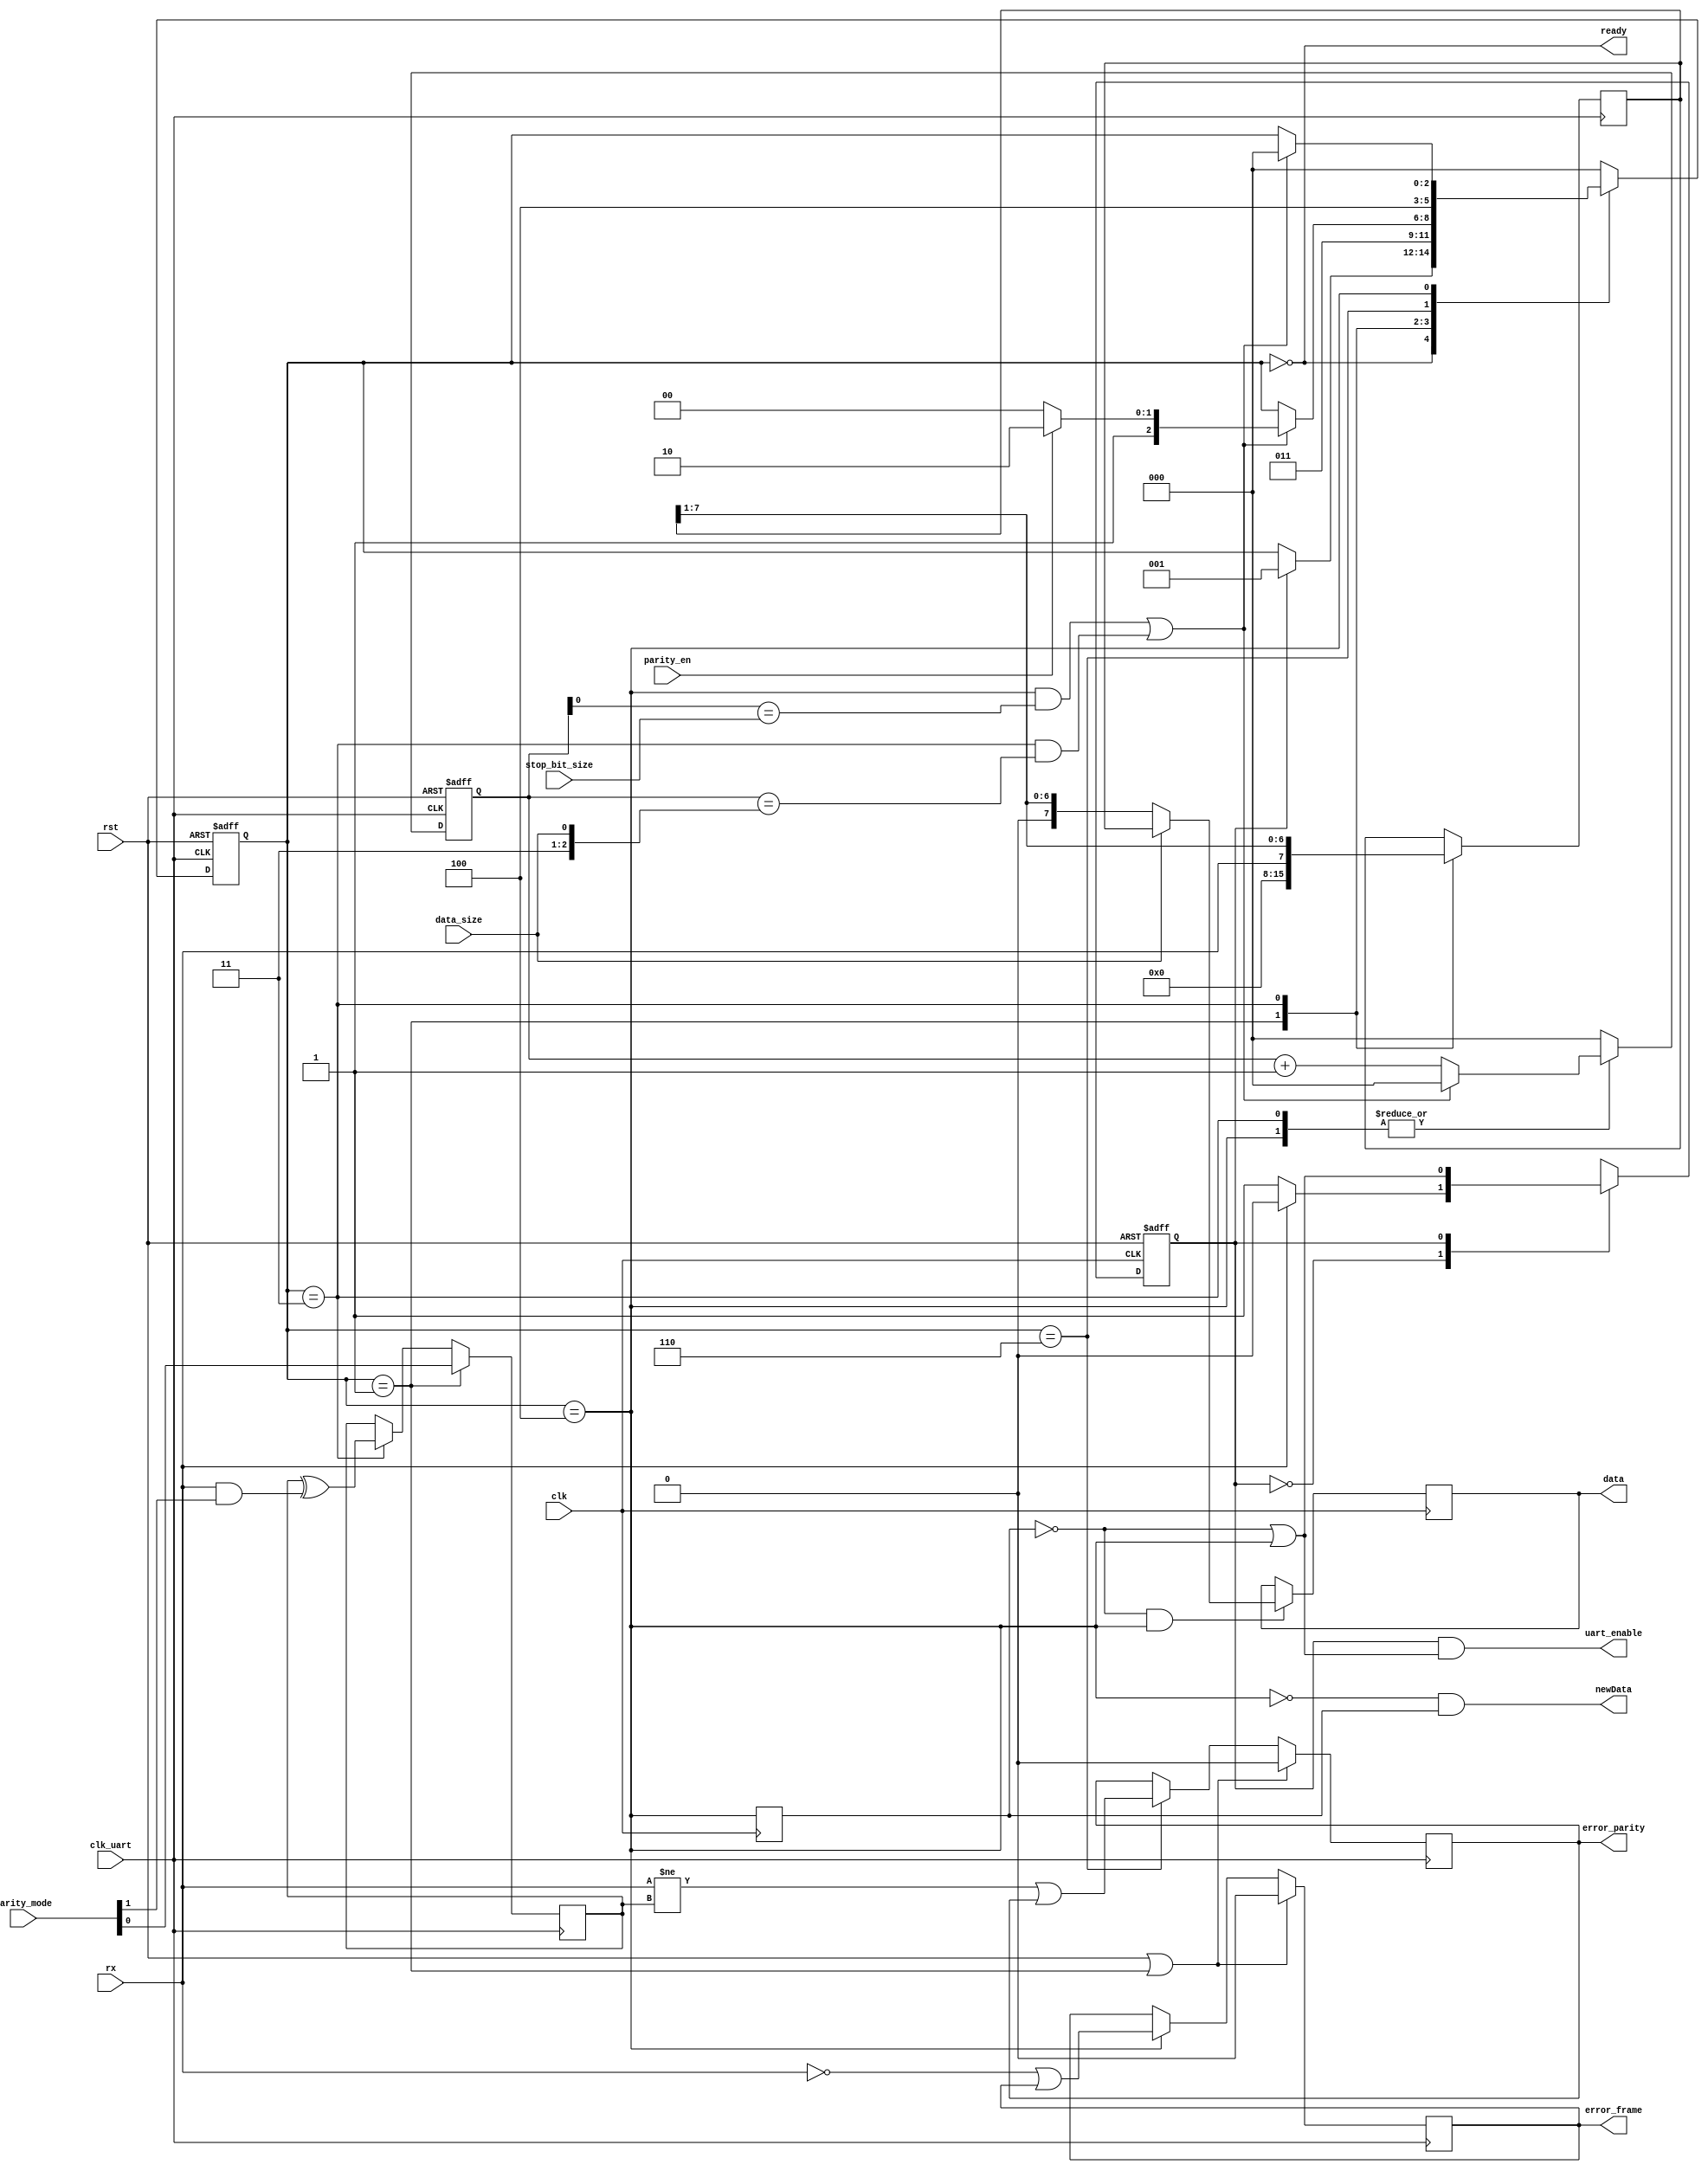
`timescale 1ns / 1ps
/* ------------------------------------------------ *
 * Title       : UART interface  v1.4               *
 * Project     : Simple UART                        *
 * ------------------------------------------------ *
 * Last Edit   : 17/10/2021                         *
 * ------------------------------------------------ *
 * Description : UART communication modules         *
 * ------------------------------------------------ *
 * Revisions                                        *
 *     v1      : Inital version                     *
 *     v1.1    : Redeclerations of clk_uart in      *
 *               Tx and Rx modules removed          *
 *     v1.2    : Move UART generation into outside  *
 *               of UART modules                    *
 *     v1.3    : More compact coding style          *
 *     v1.4    : Detect Frame error                 *
 *     v1.4.1  : Bugfix: Fixed data out for 7 bit   *
 * ------------------------------------------------ */

module uart_rx(
  input clk,
  input rst,
  //UART receive
  input rx,
  //Uart clock connection
  input clk_uart,
  output uart_enable,
  //Config signals
  input data_size, //0: 7bit; 1: 8bit
  input parity_en,
  input [1:0] parity_mode, //11: odd; 10: even, 01: mark(1), 00: space(0)
  input stop_bit_size, //0: 1bit; 1: 2bit
  //Data interface
  output reg [7:0] data,
  output reg error_parity,
  output reg error_frame,
  output ready,
  output newData);
  localparam READY = 3'b000,
             START = 3'b001,
              DATA = 3'b011,
            PARITY = 3'b110,
               END = 3'b100;
  reg [2:0] counter; 
  reg [2:0] state;
  reg [7:0] data_buff;
  reg parity_calc, in_End_d, en;

  //Decode states
  wire in_Ready = (state == READY);
  wire in_Start = (state == START);
  wire in_Data = (state == DATA);
  wire in_Parity = (state == PARITY);
  wire in_End = (state == END);
  assign ready = in_Ready;

  assign newData = ~in_End & in_End_d; //New data add negedge of in_End
  wire countDONE = (in_End & (counter[0] == stop_bit_size)) | (in_Data & (counter == {2'b11, data_size}));
  assign uart_enable = en & (~in_End_d | in_End);

  //internal enable
  always@(posedge clk or posedge rst) begin
    if(rst) begin
      en <= 1'b0;
    end else case(en)
      1'b0: en <= (rx) ? en : 1'b1;
      1'b1: en <= ~in_End_d | in_End;
    endcase
  end

  //Counter
  always@(negedge clk_uart or posedge rst) begin
    if(rst) begin
      counter <= 3'd0;
    end else case(state)
      DATA: counter <= (countDONE) ? 3'd0 : (counter + 3'd1);
      END: counter <= (countDONE) ? 3'd0 : (counter + 3'd1);
      default: counter <= 3'd0;
    endcase
  end

  //State transactions
  always@(negedge clk_uart or posedge rst) begin
    if(rst) begin
      state <= READY;
    end else case(state)
      READY: state <= (en) ? START : state;
      START: state <= DATA;
      DATA: state <= (countDONE) ? ((parity_en) ? PARITY : END) : state;
      PARITY: state <= END;
      END: state <= (countDONE) ? READY : state;
      default: state <= READY;
    endcase
  end

  //delay in_End
  always@(posedge clk) in_End_d <= in_End;

  //Store received data
  always@(posedge clk) begin
    data <= (~in_End_d & in_End) ? 
                    ((data_size) ? data_buff : 
                     {1'b0, data_buff[7:1]}) : 
                                         data;
  end

  //Handle data_buff
  always@(posedge clk_uart) begin
    case(state)
      START: data_buff <= 8'd0;
      DATA: data_buff <= {rx, data_buff[7:1]};
      default: data_buff <= data_buff;
    endcase
  end

  //Frame error
  always@(posedge clk_uart) begin
    if(rst | in_Start) begin
      error_frame <= 1'b0;
    end else begin
      error_frame <= (in_End) ? ~rx | error_frame : error_frame;
    end
  end

  //Parity check
  always@(posedge clk_uart) begin
    if(rst | in_Start) begin
      error_parity <= 1'b0;
    end else begin
      error_parity <= (in_Parity) ? (rx != parity_calc) | error_parity : error_parity;
    end
  end

  //Parity calc
  always@(posedge clk_uart) begin
    if(in_Start) begin //reset
      parity_calc <= parity_mode[0];
    end else begin
      parity_calc <= (in_Data) ? (parity_calc ^ (rx & parity_mode[1])) : parity_calc;
    end
  end
endmodule//uart_tx